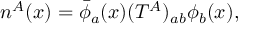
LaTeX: n ^ { A } ( x ) = \bar { \phi } _ { a } ( x ) ( T ^ { A } ) _ { a b } \phi _ { b } ( x ) ,